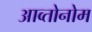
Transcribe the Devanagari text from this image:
आव्तोनोम